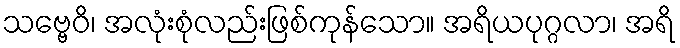
သဗ္ဗေဝိ၊ အလုံးစုံလည်းဖြစ်ကုန်သော။ အရိယပုဂ္ဂလာ၊ အရိ